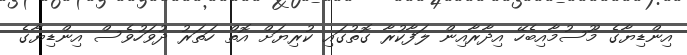
އިންޑިޔާގެ މޫސުމާއިބެހޭ އިދާރާއިން ލަފާކުރާ ގޮތުގައި ކުރިޔަށް އޮތް ހަތަރު ދުވަހުވެސް އިންޑިޔާގެ